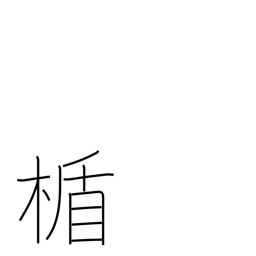
Meaning: shield